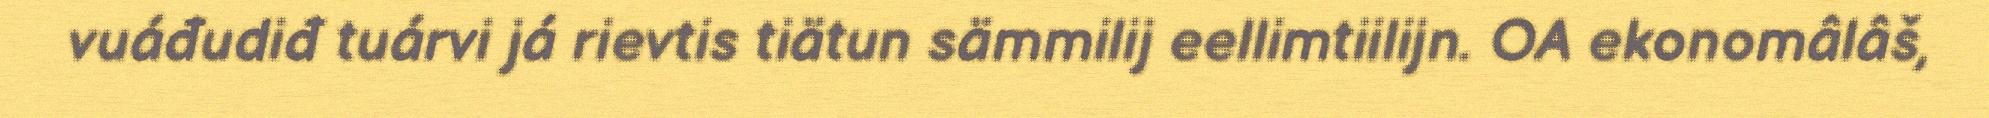
vuáđudiđ tuárvi já rievtis tiätun sämmilij eellimtiilijn. OA ekonomâlâš,